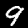
Label: 9